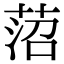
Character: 菬